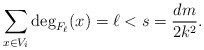
\begin{align*} \sum_{x\in V_i}\deg_{F_\ell}(x)=\ell<s= \frac{dm}{2k^2}.\end{align*}